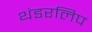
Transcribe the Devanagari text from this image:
थंडरलिप